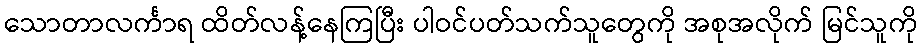
သောတာလင်္ကာရ ထိတ်လန့်နေကြပြီး ပါဝင်ပတ်သက်သူတွေကို အစုအလိုက် မြင်သူကို